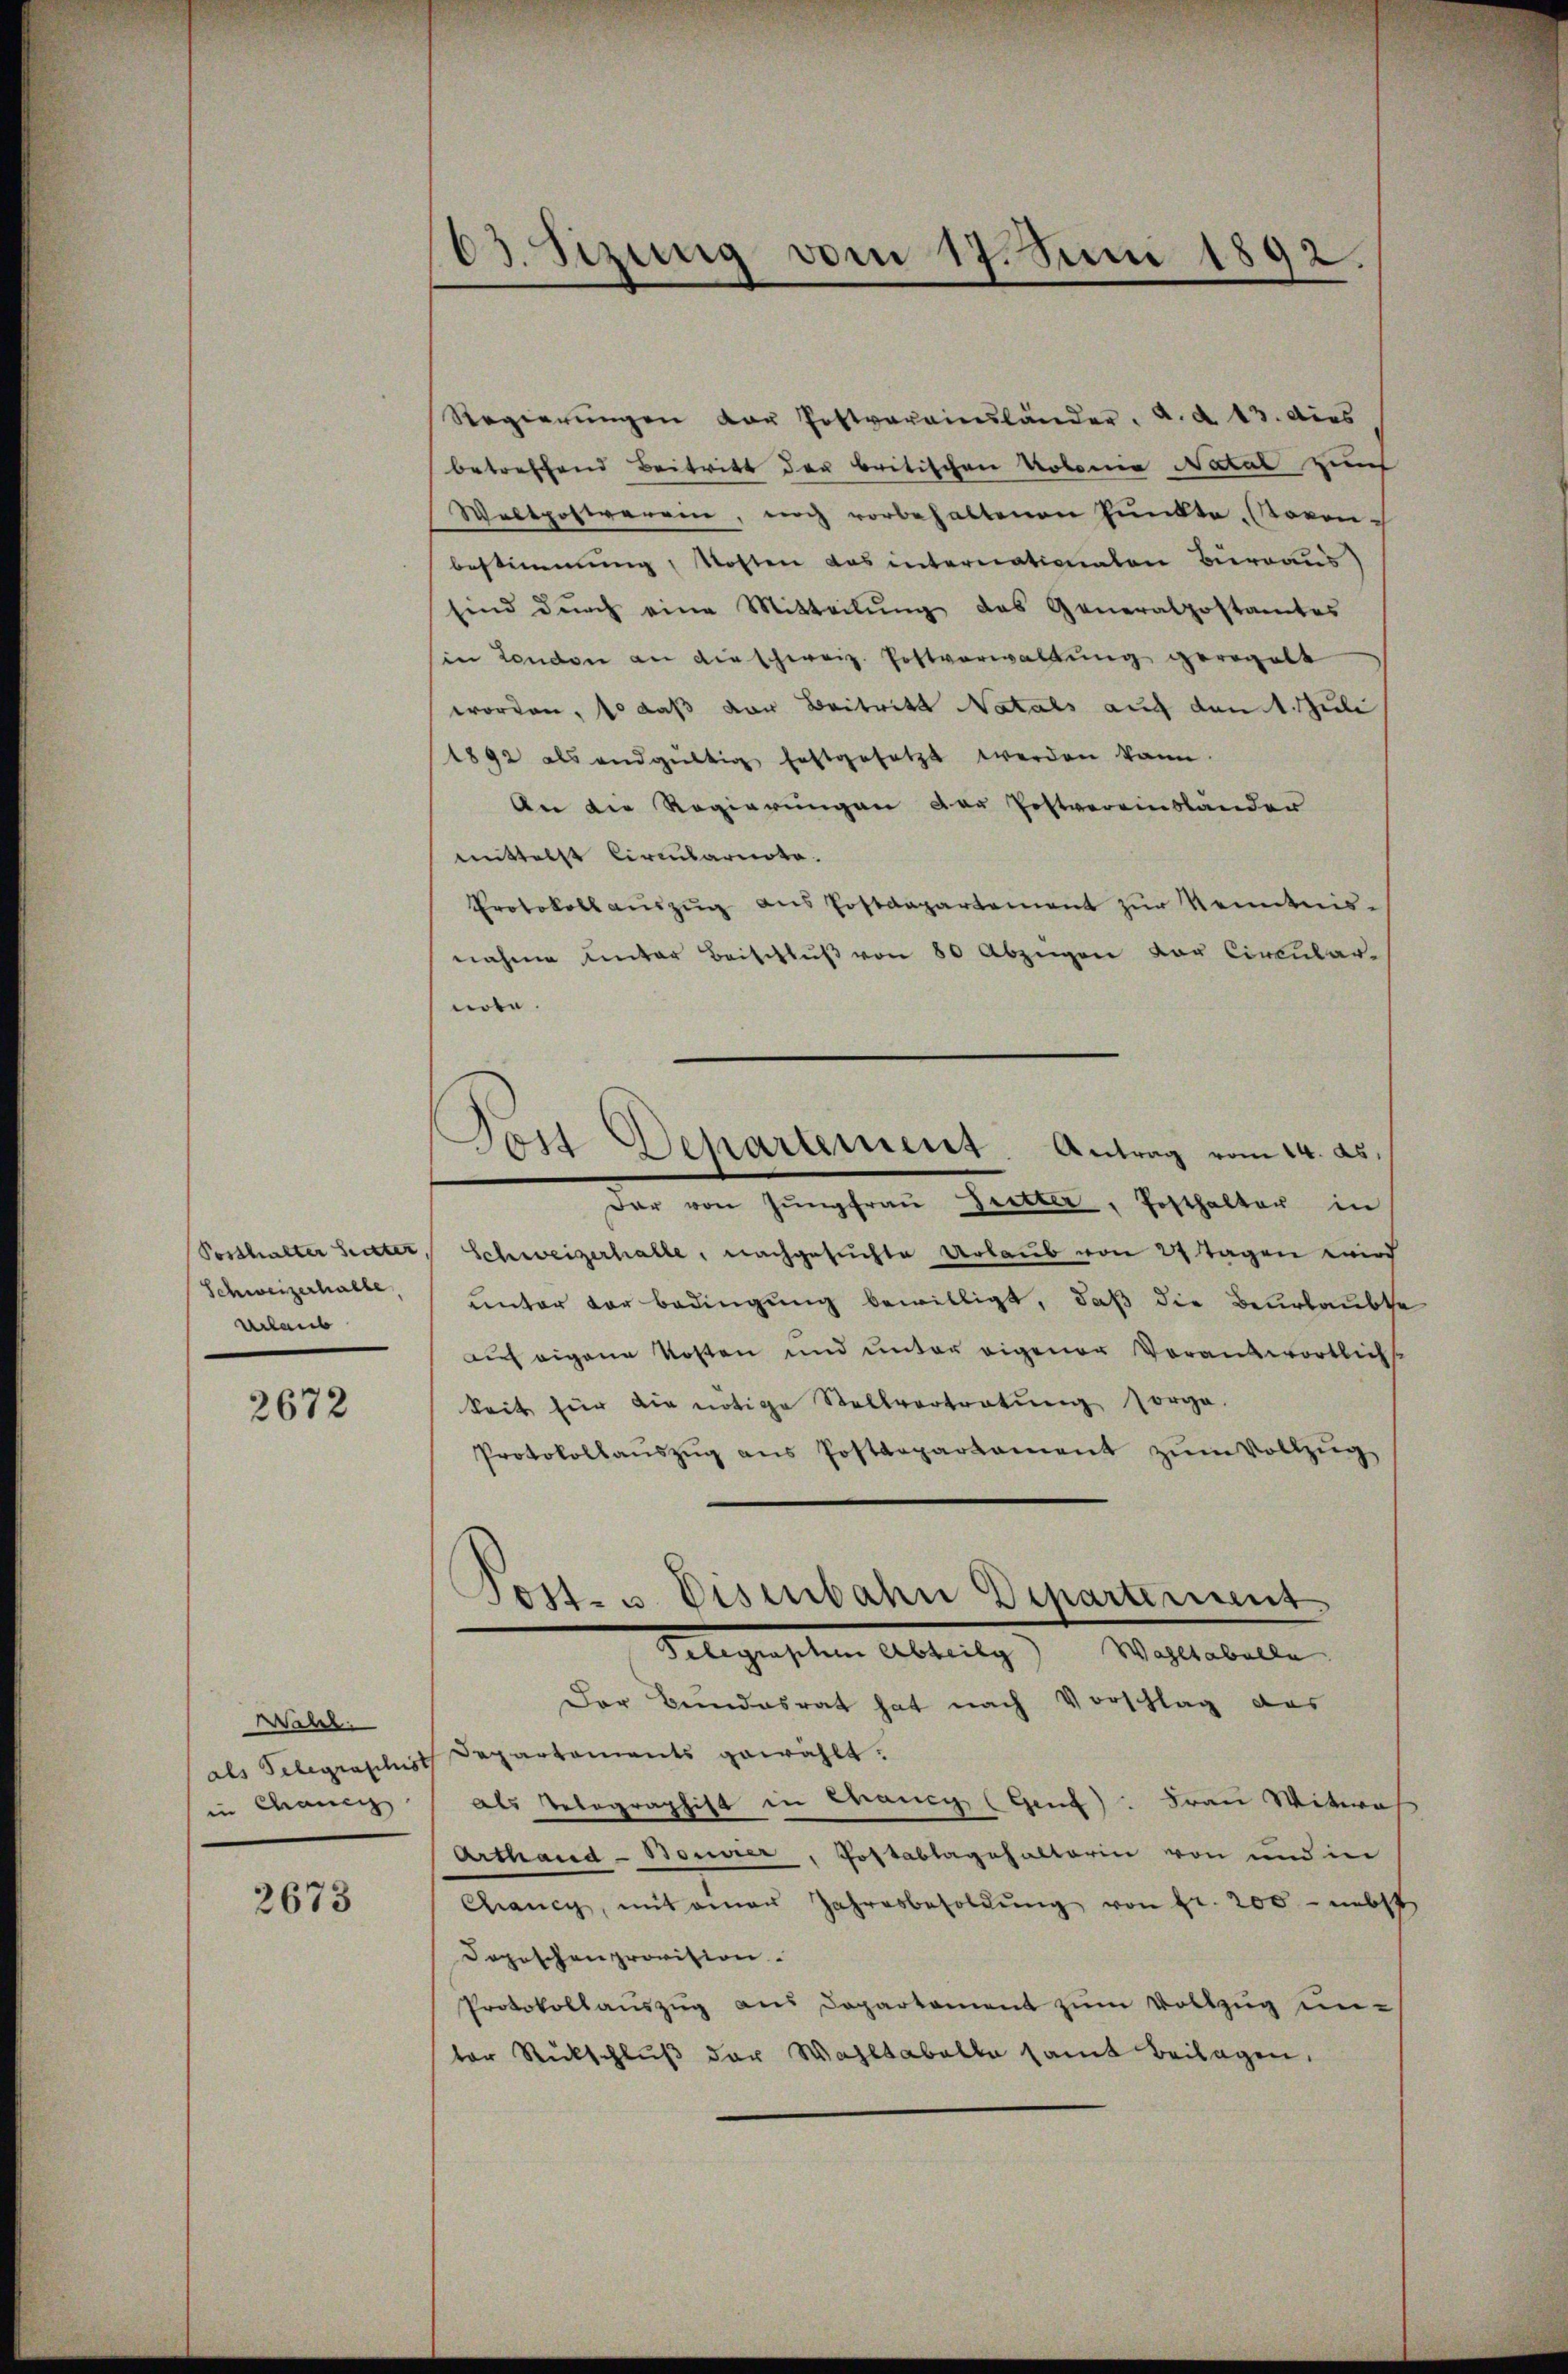
Schweizerhalte,
veleut

2672

Wahl.
in Chanc

2673

63. Sizung vom 17. Juni 1892.

Regierŭngen der Postverainsländer, a. d. 13. dies
betreffend Beitritt der britischen Kolonia Natal zwief
Weltpostverein, noch vorbehaltenen Punkte. (Rovon-
bestimmung, Kosten das internationalen Beraus
sind durch eine Mitteilŭng des Generalpostamtes
in London an dieschweiz. Postverwaltung geregelt
worden, so daß der Beitritt Natals auf den 1. Juli
1892 als endgültig festgesetzt werden kann.
An die Regierungen der Postvereinsländer
mittelst Circularnoto.
Protokoll aŭszŭg aŭs Postdepartement zŭr Kenntnis-
nahme unter Beischlŭβ von 80 Abzügen vor Circular-
note.
dar von Jŭngfrau Tritter, Posthalter in
Posthalter Seiter, Schweizerhalte, nachgesuchte Urlaub von 24 Tagen wird
unter vor bedingung bewilligt, daß die Beurlaubte
auf eigene Kosten und unter eigener Vorantwortlichs
keit für die nötige Stellvertretung sorge.
Protokollaŭszŭg ans Postdepartament zŭm Vollzŭg
Telegraphen Abteilg) Wahltabelle
Der Bundesrat hat nach Vorschlag das
als Telegraphist Departaments gewählt.
als Telegraphist in Wrang (Genf): Frau Witwes
Arthand-Bonier, Postablagehalterin von und in
Chancy, mit einen Jahresbesoldŭng von Fr. 200 - nebst
Doposchenprovision.
Protokollaŭszŭg aus Departement zum Vollzug unter Rückschlŭβ der Wahltabelle samt Beilagen.

Post Departement. Antrag vom 14. ds.

Post- u. Eisenbahn Departement